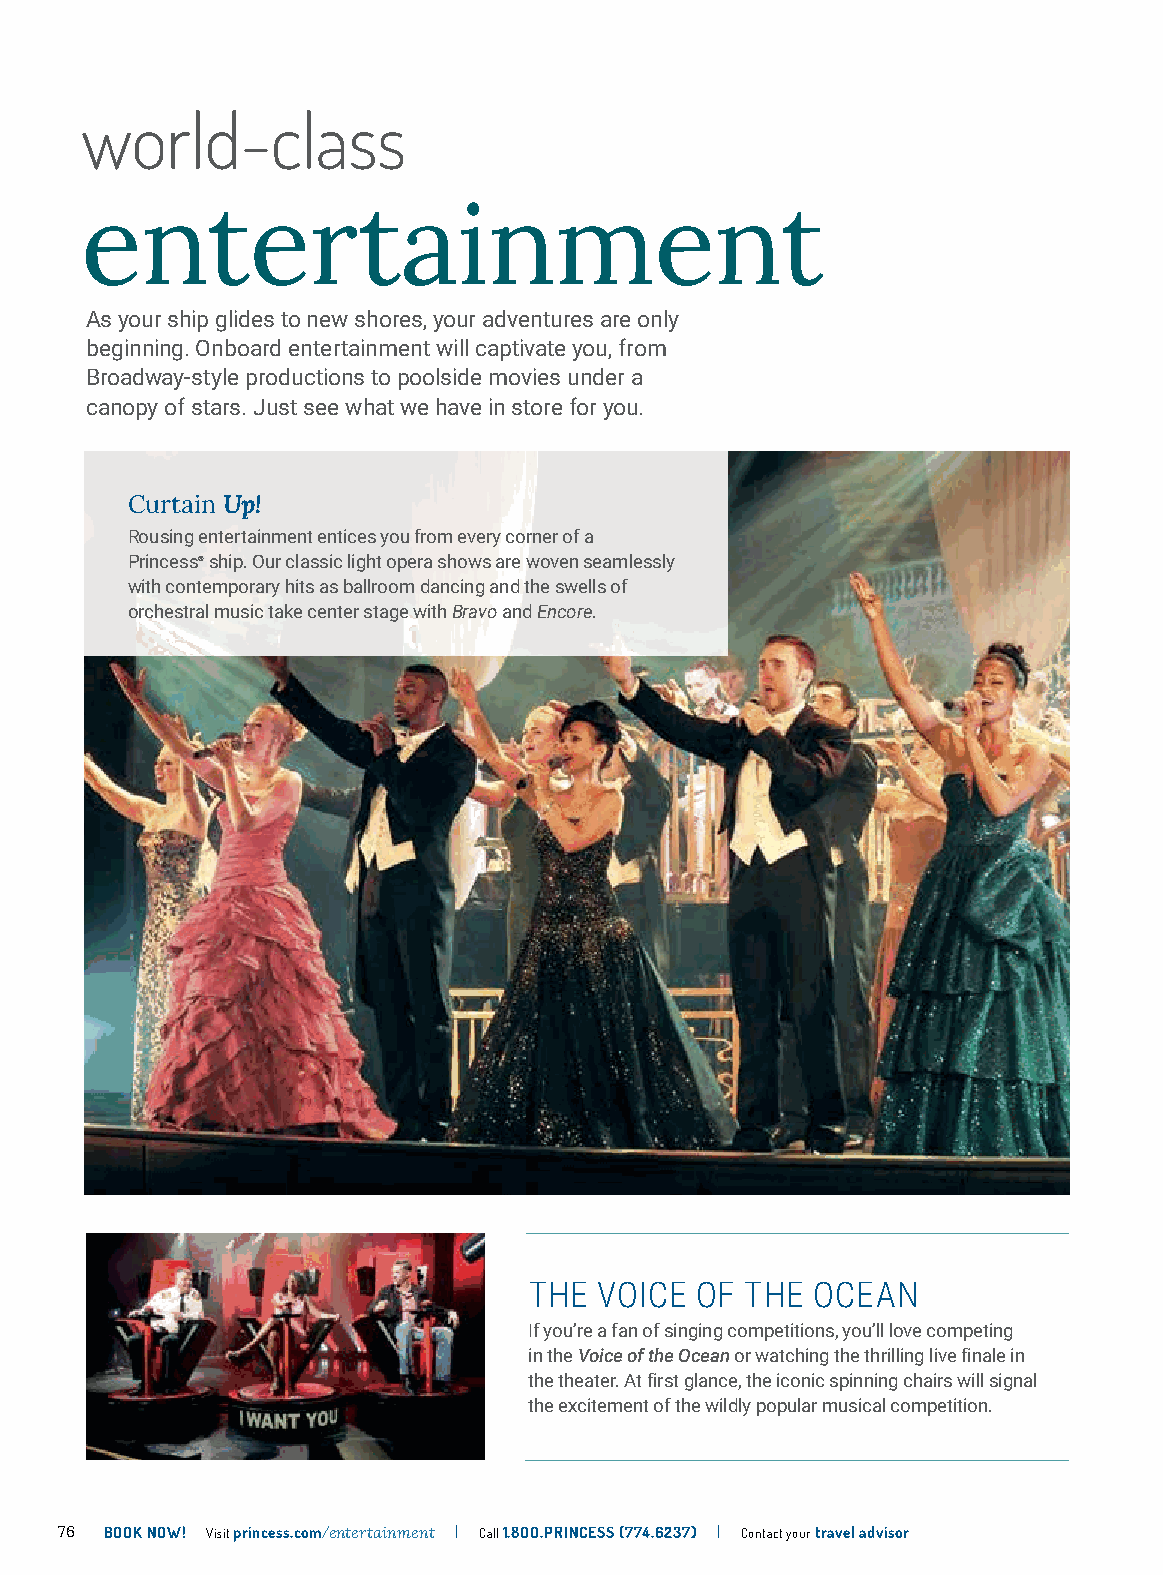
world-class
 entertainment
 As your ship glides to new shores, your adventures are only
 beginning. Onboard entertainment will captivate you, from
 Broadway-style productions to poolside movies under a
 canopy of stars. Just see what we have in store for you.
 Curtain Up!
 Rousing entertainment entices you from every corner of a
 Princess® ship. Our classic light opera shows are woven seamlessly
 with contemporary hits as ballroom dancing and the swells of
 orchestral music take center stage with Bravo and Encore.
 THE  VOICE OF THE  OCEAN
 If you’re a fan of singing competitions, you’ll love competing
 in the Voice of the Ocean or watching the thrilling live finale in
 the theater. At first glance, the iconic spinning chairs will signal
 the excitement of the wildly popular musical competition.
 76 BOOK NOW! Visit princess.com/entertainment | Call 1.8OO.PRINCESS (774.6237) | Contact your travel advisor